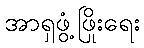
အာရှဖွံ့ဖြိုးရေး